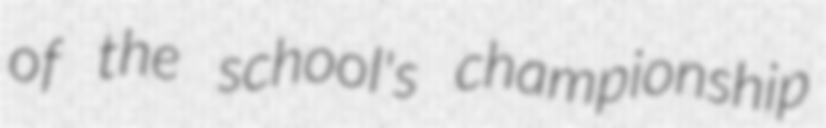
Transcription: of the school's championship